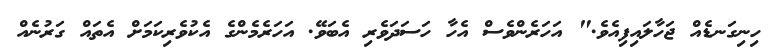
ހިނިގަނޑެއް ޖަހާލައިފިއެވެ." އަހަރެންވެސް އެހާ ހަސަދަވެރި އެބަވޭ. އަހަރެމެންގެ އެކުވެރިކަމަށް އެތައް ގަރުނެއް